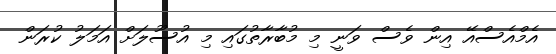
އެމްއެސްއޭ އިން ވެސް ވަނީ މި މުބާރާތުގައި މި އުސޫލަށް އަމަލު ކުރަން